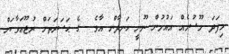
މިފަދަ މޫސުމެއް އައުމުން ނޫނީ ހަނދާން އާވެ  ގެ ޙަޟަރަތަށް ރުޖޫޢަވާކަށް